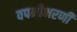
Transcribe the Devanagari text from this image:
वपनीभरणी